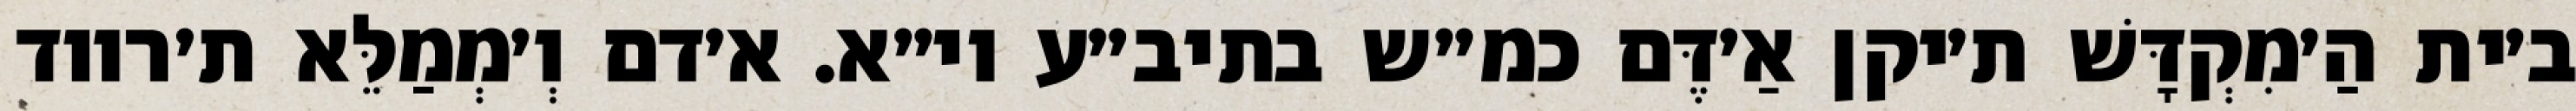
ב׳ית הַ׳מִקְדָּשׁ ת׳יקן אַ׳דֶּם כמ״ש בתיב״ע וי״א. א׳דם וְ׳מְמַלֵּא ת׳רווד